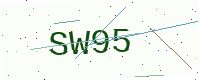
Text: SW95